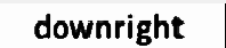
downright